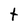
Character: t